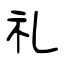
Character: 礼